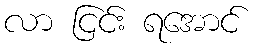
လာ ငြင်း ရအောင်